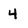
Character: 4